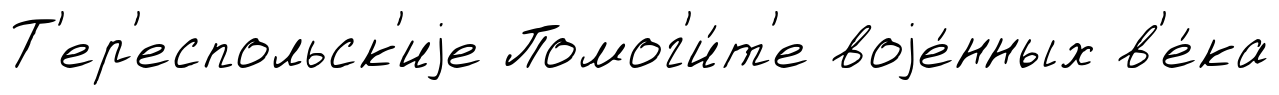
Т'ер'еспольск'иjе Помог'и́т'е воjе́нных в'е́ка